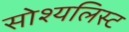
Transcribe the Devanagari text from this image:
सोश्यलिस्ट